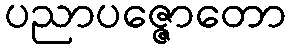
ပညာပဇ္ဇောတော